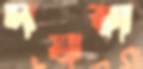
দয়রা